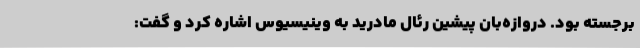
برجسته بود. دروازه‌بان پیشین رئال مادرید به وینیسیوس اشاره کرد و گفت: